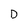
Character: D